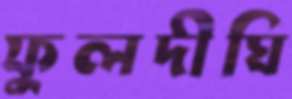
ফুলদীঘি